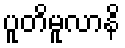
ပူတိမူလာနိ